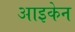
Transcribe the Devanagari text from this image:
आइकेन